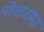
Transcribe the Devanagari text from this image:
पोखरामा